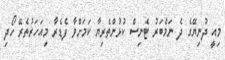
މިއީ ދުނިޔޭގެ ދެ ނަމްބަރު ޓެނިސް ކުޅުންތެރިޔާ ކަމަށްވާ ފެޑެރާ މިއަހަރުތެރޭ ހޯދި